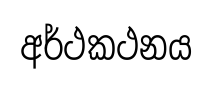
අර්ථකථනය